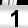
Digit: 1